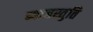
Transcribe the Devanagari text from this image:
ब्याजस्तुति